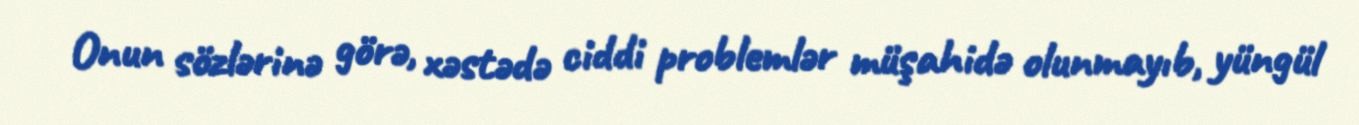
Onun sözlərinə görə, xəstədə ciddi problemlər müşahidə olunmayıb, yüngül